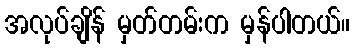
အလုပ်ချိန် မှတ်တမ်းက မှန်ပါတယ်။